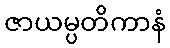
ဇာယမ္ပတိကာနံ